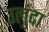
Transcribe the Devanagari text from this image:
उलुंदा